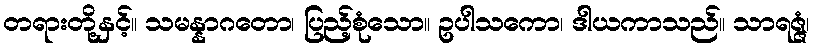
တရားတို့နှင့်။ သမန္နာဂတော၊ ပြည့်စုံသော။ ဥပါသကော၊ ဒါယကာသည်။ သာရဇ္ဇံ၊